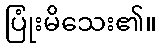
ပြုံးမိသေး၏။